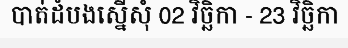
បាត់ដំបងស្នើសុំ 02 វិច្ឆិកា - 23 វិច្ឆិកា